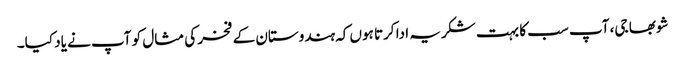
شوبھا جی، آپ سب کا بہت شکریہ ادا کرتا ہوں کہ ہندوستان کے فخر کی مثال کو آپ نے یاد کیا۔